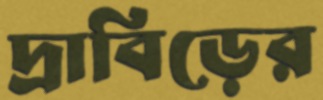
দ্রাবিড়ের